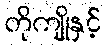
တိုကျိုနှင့်